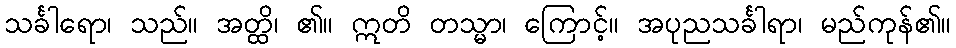
သင်္ခါရော၊ သည်။ အတ္ထိ၊ ၏။ ဣတိ တသ္မာ၊ ကြောင့်။ အပုညသင်္ခါရာ၊ မည်ကုန်၏။